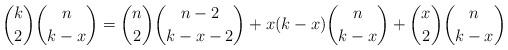
LaTeX: \begin{align*} \binom{k}{2}\binom{n}{k-x} = \binom{n}{2}\binom{n-2}{k-x-2}+x(k-x)\binom{n}{k-x}+\binom{x}{2}\binom{n}{k-x} \end{align*}